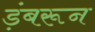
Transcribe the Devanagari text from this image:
ड़ंबरून